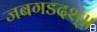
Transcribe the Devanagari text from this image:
जबगडदश्॥